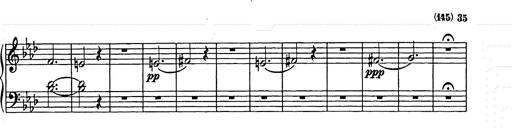
Title: Weihnachtsbaum
Composer: Franz Liszt